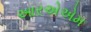
આરએએમ